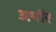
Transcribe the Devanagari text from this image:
अबॉर